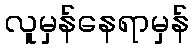
လူမှန်နေရာမှန်